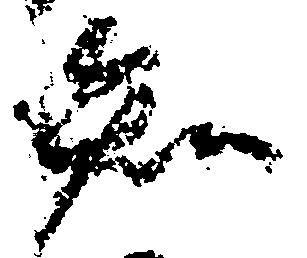
知